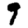
Digit: 9